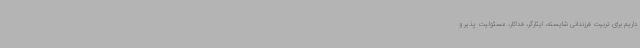
داریم برای تربیت فرزندانی شایسته، ایثارگر، فداکار، مسئولیت پذیر و